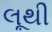
લૂથી